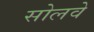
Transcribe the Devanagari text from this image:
सोलवे